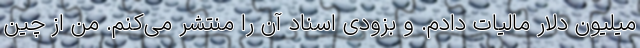
میلیون دلار مالیات دادم. و بزودی اسناد آن را منتشر می‌کنم. من از چین